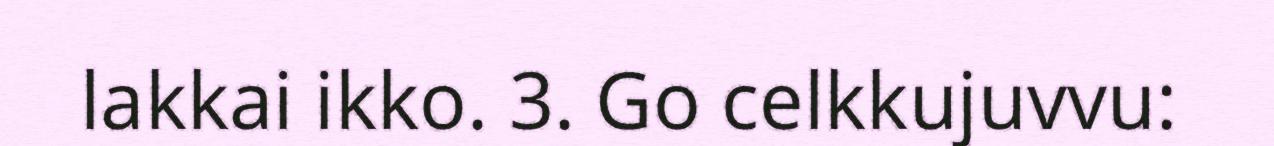
lakkai ikko. 3. Go celkkujuvvu: